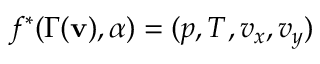
f ^ { * } ( \Gamma ( \mathbf { v } ) , \alpha ) = ( p , T , v _ { x } , v _ { y } )